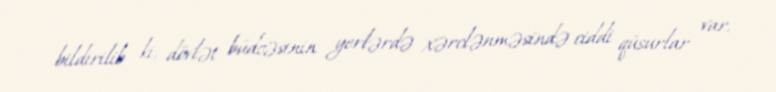
bildirilib ki, dövlət büdcəsinin yerlərdə xərclənməsində ciddi qüsurlar var.